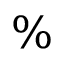
\%